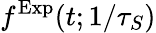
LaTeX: f^{\mathrm{Exp}}(t;1/\tau_{S})